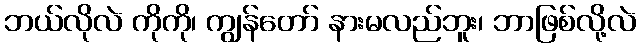
ဘယ်လိုလဲ ကိုကို၊ ကျွန်တော် နားမလည်ဘူး၊ ဘာဖြစ်လို့လဲ